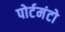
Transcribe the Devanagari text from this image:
पोर्टमंटो